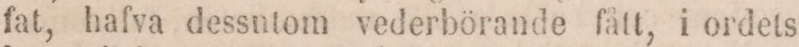
fat, hafva dessntom vederbörande fått, i ordets